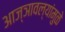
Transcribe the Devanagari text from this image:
आज्ञावल्यांमुळे